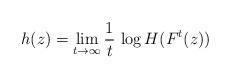
LaTeX: \begin{align*}h(z)=\lim_{t\to\infty} \frac{1}{t}\,\log H(F^t(z))\end{align*}